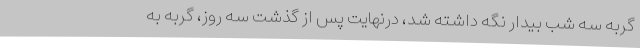
گربه سه شب بیدار نگه داشته شد، درنهایت پس از گذشت سه روز، گربه به